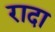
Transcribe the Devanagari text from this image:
रादा